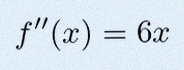
f''(x)=6x